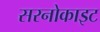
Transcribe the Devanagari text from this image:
सरनोकाइट